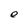
Character: e